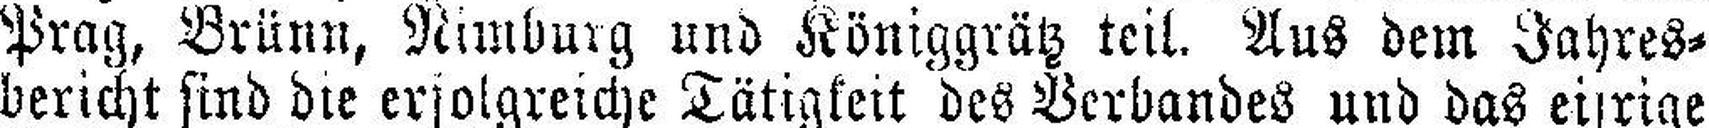
Prag, Brünn, Nimburg und Königgrätz teil. Aus dem Jahres¬